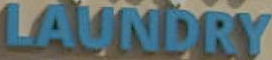
LAUNDRY